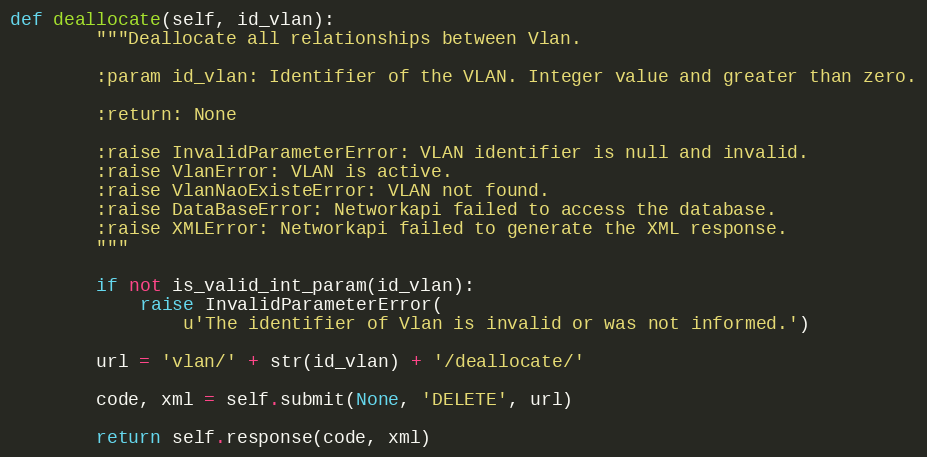
Language: Python
def deallocate(self, id_vlan):
        """Deallocate all relationships between Vlan.

        :param id_vlan: Identifier of the VLAN. Integer value and greater than zero.

        :return: None

        :raise InvalidParameterError: VLAN identifier is null and invalid.
        :raise VlanError: VLAN is active.
        :raise VlanNaoExisteError: VLAN not found.
        :raise DataBaseError: Networkapi failed to access the database.
        :raise XMLError: Networkapi failed to generate the XML response.
        """

        if not is_valid_int_param(id_vlan):
            raise InvalidParameterError(
                u'The identifier of Vlan is invalid or was not informed.')

        url = 'vlan/' + str(id_vlan) + '/deallocate/'

        code, xml = self.submit(None, 'DELETE', url)

        return self.response(code, xml)